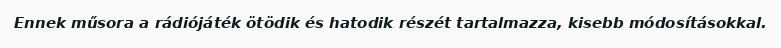
Ennek műsora a rádiójáték ötödik és hatodik részét tartalmazza, kisebb módosításokkal.